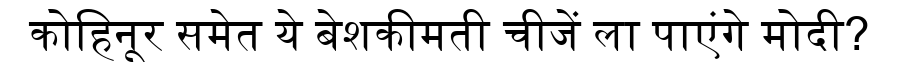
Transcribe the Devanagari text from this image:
कोहिनूर समेत ये बेशकीमती चीजें ला पाएंगे मोदी?